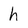
Character: h